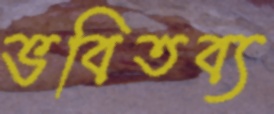
ভবিতব্য